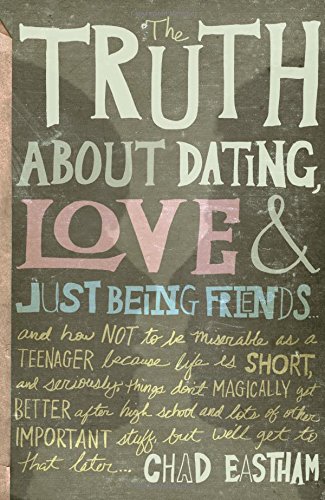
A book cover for The Truth About Dating, Love, and Just Being Friends; Chad Eastham; Christian Books & Bibles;